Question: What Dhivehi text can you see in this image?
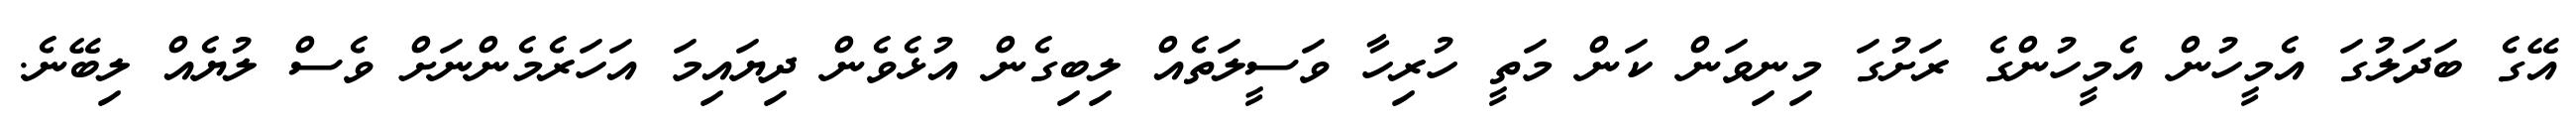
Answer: އޭގެ ބަދަލުގަ އެމީހުން އެމީހުންގެ ރަށުގަ މިނިވަން ކަން މަތީ ހުރިހާ ވަސީލަތެއް ލިބިގެން އުޅެވެން ދިޔައިމަ އަހަރެމެންނަށް ވެސް ލުޔެއް ލިބޭނެ.